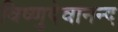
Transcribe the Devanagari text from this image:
विष्णुदेवानन्द